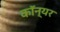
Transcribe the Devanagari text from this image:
कॉन्यर